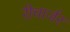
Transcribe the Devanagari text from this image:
रीचार्जर